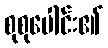
စုစုပေါင်း၏